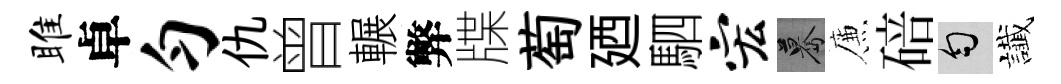
雎卓匀仇曾輾弊牒萄廼駟宏驀簾碚匀䜟